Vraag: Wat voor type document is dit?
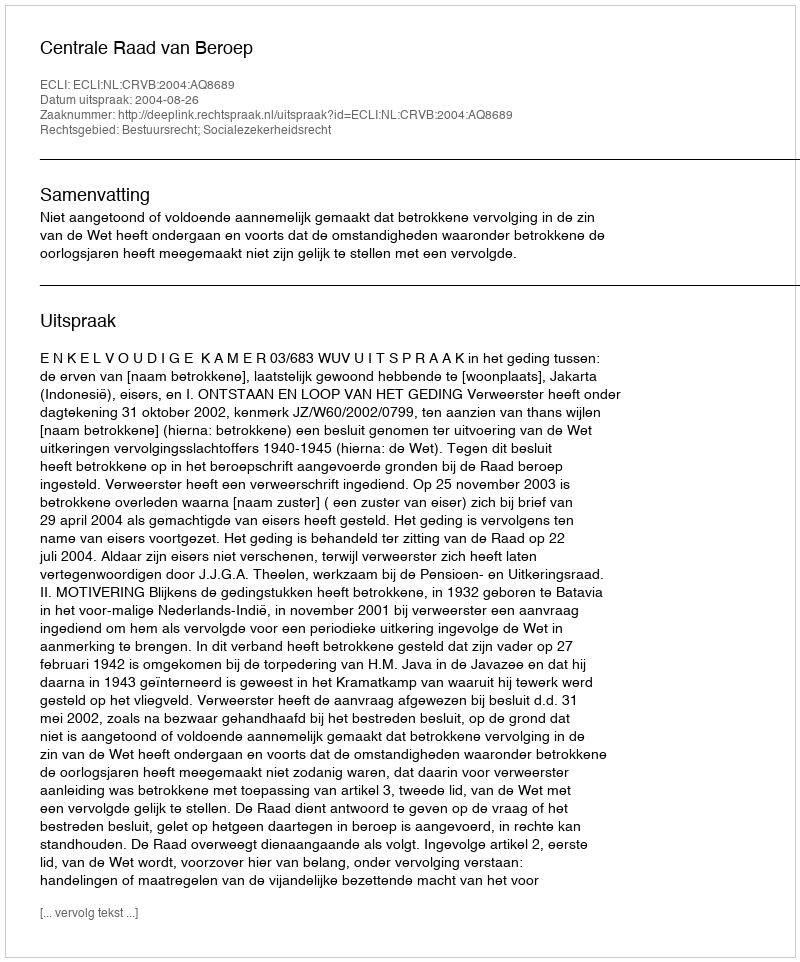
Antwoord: Uitspraak